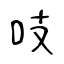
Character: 吱